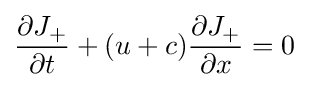
{\frac {\partial J_{+}}{\partial t}}+(u+c){\frac {\partial J_{+}}{\partial x}}=0